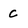
Character: C